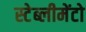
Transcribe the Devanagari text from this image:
स्टेब्लीमेंटो